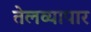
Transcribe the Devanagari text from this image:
तेलव्यापार